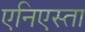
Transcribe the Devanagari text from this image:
एनिएस्ता